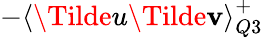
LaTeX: -\textlangle\Tilde{u}\Tilde{\mathbf{v}}\textrangle_{Q3}^{+}